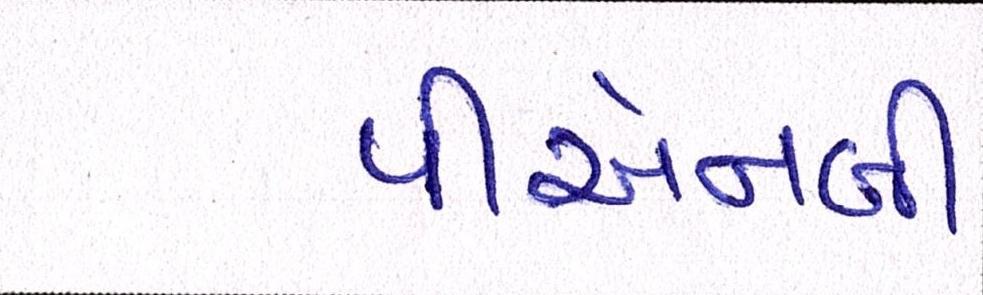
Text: પીએનબી